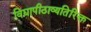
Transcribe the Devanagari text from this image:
विद्यापीठाव्यतिरिक्त